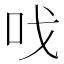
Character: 𠯫